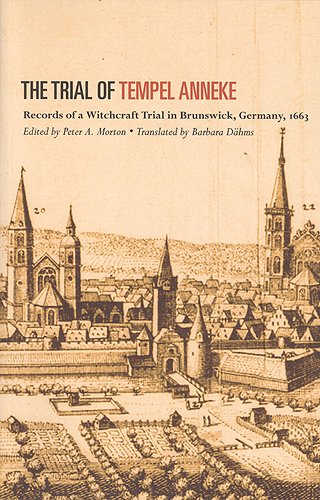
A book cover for The Trial of Tempel Anneke: Records of a Witchcraft Trial in Brunswick, Germany, 1663; Law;